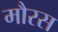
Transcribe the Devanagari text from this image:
मौरस